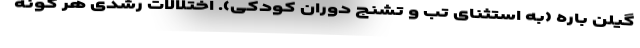
گیلن باره (به استثنای تب و تشنج دوران کودکی). اختلالات رشدی هر گونه